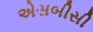
એસબીસી